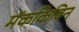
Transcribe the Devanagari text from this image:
मॅककिबिन